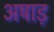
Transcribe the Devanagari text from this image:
अषाड़